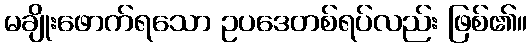
မချိုးဖောက်ရသော ဥပဒေတစ်ရပ်လည်း ဖြစ်၏။